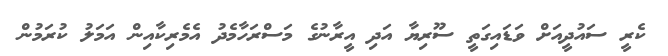
ކެރީ ސައުދީއަށް ވަޑައިގަތީ ސޫރިޔާ އަދި އީރާނުގެ މަސްރަހާމެދު އެމެރިކާއިން އަމަލު ކުރަމުން